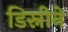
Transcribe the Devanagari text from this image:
डिस्नीने